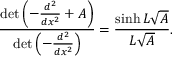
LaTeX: { \frac { \operatorname* { d e t } \left( - { \frac { d ^ { 2 } } { d x ^ { 2 } } } + A \right) } { \operatorname* { d e t } \left( - { \frac { d ^ { 2 } } { d x ^ { 2 } } } \right) } } = { \frac { \sinh L { \sqrt { A } } } { L { \sqrt { A } } } } .